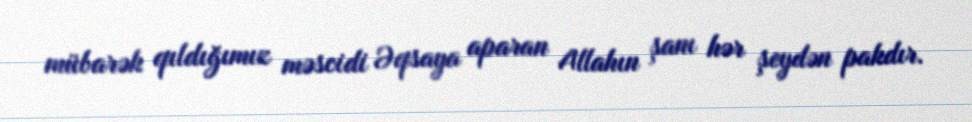
mübarək qıldığımız məscidi Əqsaya aparan Allahın şanı hər şeydən pakdır.